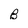
Character: B